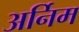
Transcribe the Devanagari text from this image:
अर्निम